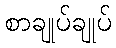
စာချုပ်ချုပ်